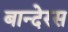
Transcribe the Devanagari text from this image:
बान्देरस